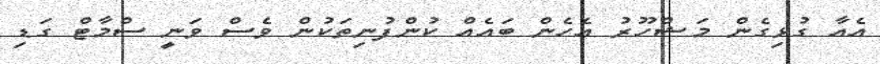
އެއާ ގުޅިގެން މަޝްހޫރު އެހެން ބައެއް ކުންފުނިތަކުން ވެސް ވަނީ ސްމާޓް ގަޑި